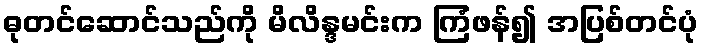
ဓုတင်ဆောင်သည်ကို မိလိန္ဒမင်းက ကြံဖန်၍ အပြစ်တင်ပုံ